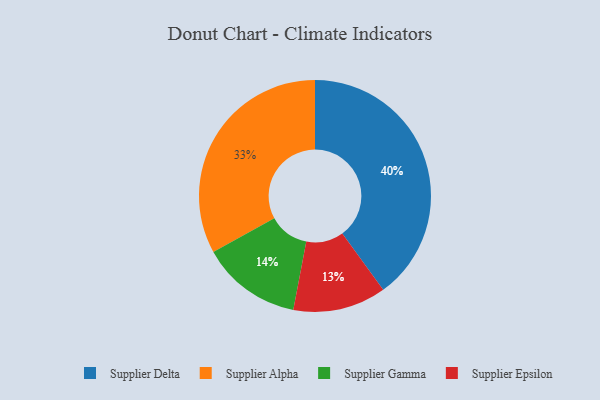
{"axis": {"x": "Category", "y": "Percentage"}, "legend": ["Supplier Alpha", "Supplier Delta", "Supplier Epsilon", "Supplier Gamma"], "data": [{"x": "Supplier Delta", "y": 40, "type": "Supplier Delta"}, {"x": "Supplier Gamma", "y": 14, "type": "Supplier Gamma"}, {"x": "Supplier Alpha", "y": 33, "type": "Supplier Alpha"}, {"x": "Supplier Epsilon", "y": 13, "type": "Supplier Epsilon"}]}